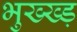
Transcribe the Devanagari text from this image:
भुख्ख्ड़